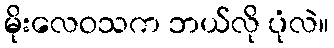
မိုးလေဝသက ဘယ်လို ပုံလဲ။